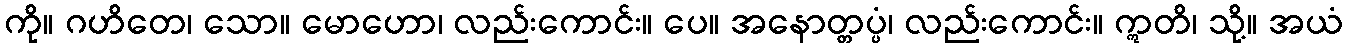
ကို။ ဂဟိတေ၊ သော။ မောဟော၊ လည်းကောင်း။ ပေ။ အနောတ္တပ္ပံ၊ လည်းကောင်း။ ဣတိ၊ သို့။ အယံ